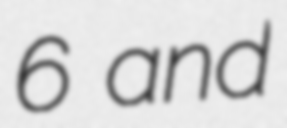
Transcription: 6 and